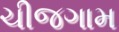
ચીજગામ